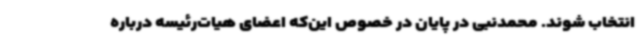
انتخاب شوند. محمدنبی در پایان در خصوص این‌که اعضای هیات‌رئیسه درباره